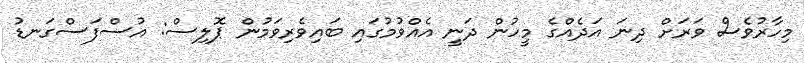
މިހާރުވެސް ވަރަށް ދިނަ އަދެއްގެ މީހުން ދަނީ އެއްވުމުގައި ބައިވެރިވަމުން ޕޮލިސް: އުސްފަސްގަނޑު